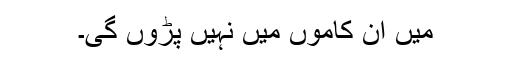
میں ان کاموں میں نہیں پڑوں گی۔